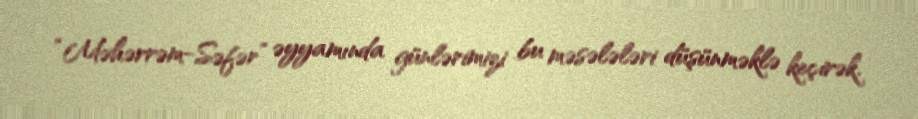
“Məhərrəm-Səfər” əyyamında günlərimizi bu məsələləri düşünməklə keçirək.